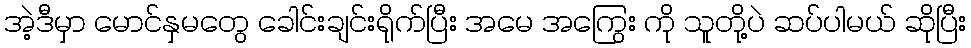
အဲ့ဒီမှာ မောင်နှမတွေ ခေါင်းချင်းရိုက်ပြီး အမေ အကြွေး ကို သူတို့ပဲ ဆပ်ပါမယ် ဆိုပြီး